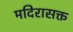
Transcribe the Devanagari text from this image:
मदिरासक्त